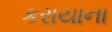
કરાયાના